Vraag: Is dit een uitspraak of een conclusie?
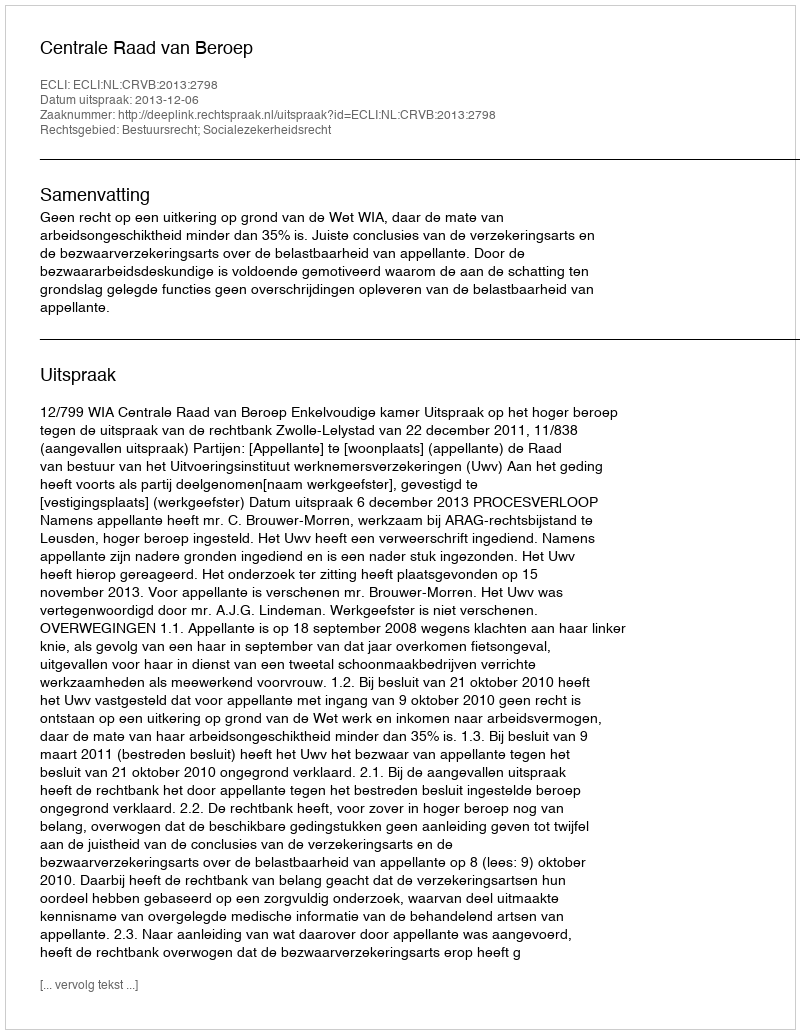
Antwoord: Uitspraak